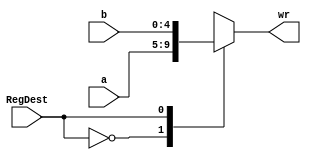
`timescale 1ns / 1ps
//////////////////////////////////////////////////////////////////////////////////
// Company: Universidad de Gualadajara
// 
// Design Name: Mux_5b
// Module Name: Mux_5b
// Project Name: Processor
// Target Devices: 
// Tool Versions: 
// Description: 
// 
// Dependencies: 
// 
// Revision:
// Revision 0.01 - File Created
// Additional Comments:
// 
//////////////////////////////////////////////////////////////////////////////////


module Mux_5b(
        input  RegDest,
        input  [4:0] a,b,
        output reg [4:0] wr
    );

    always@*
    begin
        case(RegDest)
            1'b0: wr = a;
            1'b1: wr = b;
        endcase
    end

endmodule